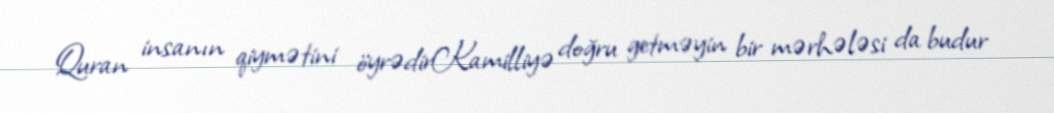
Quran insanın qiymətini öyrədirKamilliyə doğru getməyin bir mərhələsi da budur